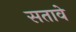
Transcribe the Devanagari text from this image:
सतावे